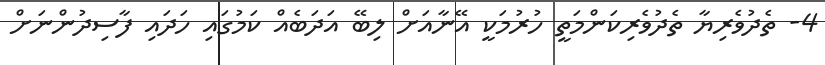
4- ތެދުވެރިޔާ ތެދުވެރިކަންމަތީ ހުރުމަކީ އޭނާއަށް ލިބޭ އަދަބެއް ކަމުގައި ހަދައި ފާސިދުންނަށް